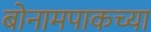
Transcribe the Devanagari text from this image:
बोनामपाकच्या